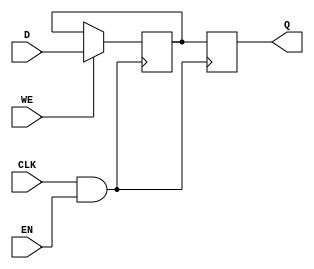
module clock_gated_memory (
    input wire CLK,      // Primary clock signal
    input wire EN,       // Enable signal for clock gating
    input wire [7:0] D,  // Data input for the memory block
    input wire WE,       // Write enable signal
    output reg [7:0] Q   // Data output from the memory block
);

    // Gated clock signal
    wire GCLK;

    // AND gate for clock gating
    assign GCLK = CLK & EN;

    // Memory block (for demonstration, using a simple register)
    reg [7:0] memory [0:15]; // Example memory with 16 locations

    // Memory operation
    always @(posedge GCLK) begin
        if (WE) begin
            // Write data to memory
            memory[0] <= D; // Writing to address 0 for simplicity
        end
        // Read data from memory
        Q <= memory[0]; // Reading from address 0 for simplicity
    end

endmodule